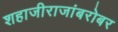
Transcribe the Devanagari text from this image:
शहाजीराजांबरोबर